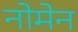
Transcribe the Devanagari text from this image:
नोमेन